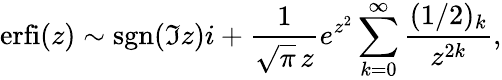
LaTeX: \operatorname{erfi}(z)\sim\operatorname{sgn}(\Im z)i+\frac{1}{\sqrt\pi\, z}e^{z^{2}}\sum_{k=0}^{\infty}\frac{(1/2)_{k}}{z^{2k}},